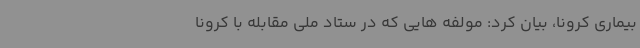
بیماری کرونا، بیان کرد: مولفه هایی که در ستاد ملی مقابله با کرونا